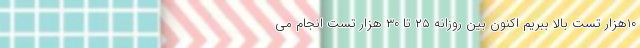
۱۰هزار تست بالا ببریم اکنون بین روزانه ۲۵ تا ۳۰ هزار تست انجام می